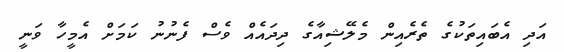
އަދި އެބައިތަކުގެ ތެރެއިން މެލޭޝިއާގެ ދިދައެއް ވެސް ފެނުނު ކަމަށް އެމީހާ ވަނީ